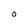
Character: O